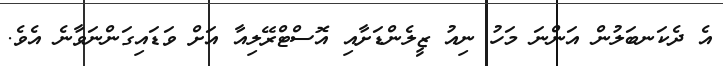
އެ ދެކަނބަލުން އަންނަ މަހު ނިއު ޒީލެންޑަށާއި އޮސްޓްރޭލިއާ އަށް ވަޑައިގަންނަވާނެ އެވެ.